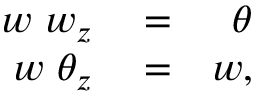
\begin{array} { r l r } { w \ w _ { z } } & { { } = } & { \theta } \\ { w \ \theta _ { z } } & { { } = } & { w , } \end{array}